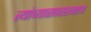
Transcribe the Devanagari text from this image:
त्यांच्यासारख्याच